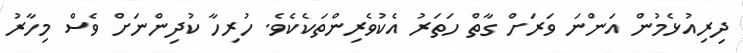
ދިރިއުޅެމުން އަންނަ ވަރަށް ގާތް ހަތަރު އެކުވެރިންތަކެކެވެ. ހުރިހާ ކުދިންނަށް ވެސް މިހާރު